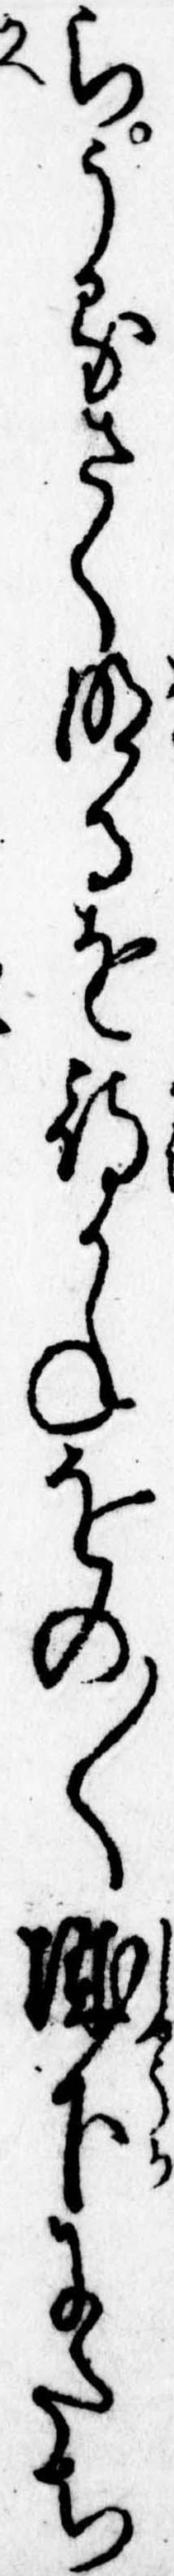
らうるさく明るを待かねをの〱城下にたち